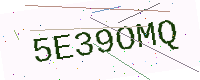
Text: 5E39OMQ